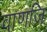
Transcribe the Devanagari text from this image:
वाणजि